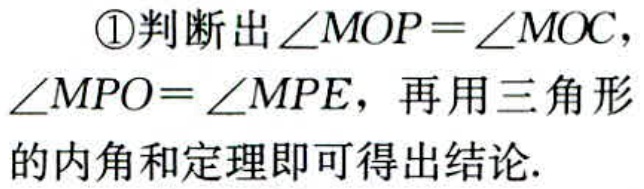
\textcircled{1}判断出\(\angle MOP = \angle MOC\)，\(\angle MPO=\angle MPE\)，再用三角形的内角和定理即可得出结论.